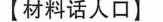
【材料话人口】